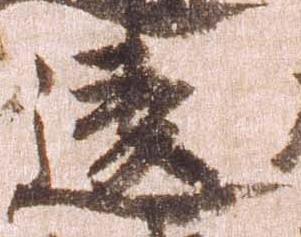
違